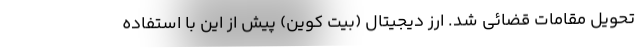
تحویل مقامات قضائی شد. ارز دیجیتال (بیت کوین) پیش از این با استفاده